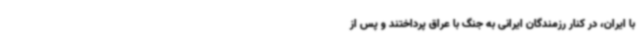
با ایران، در کنار رزمندگان ایرانی به جنگ با عراق پرداختند و پس از